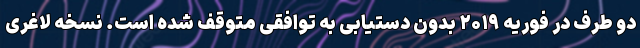
دو طرف در فوریه ۲۰۱۹ بدون دستیابی به توافقی متوقف شده است. نسخه لاغری